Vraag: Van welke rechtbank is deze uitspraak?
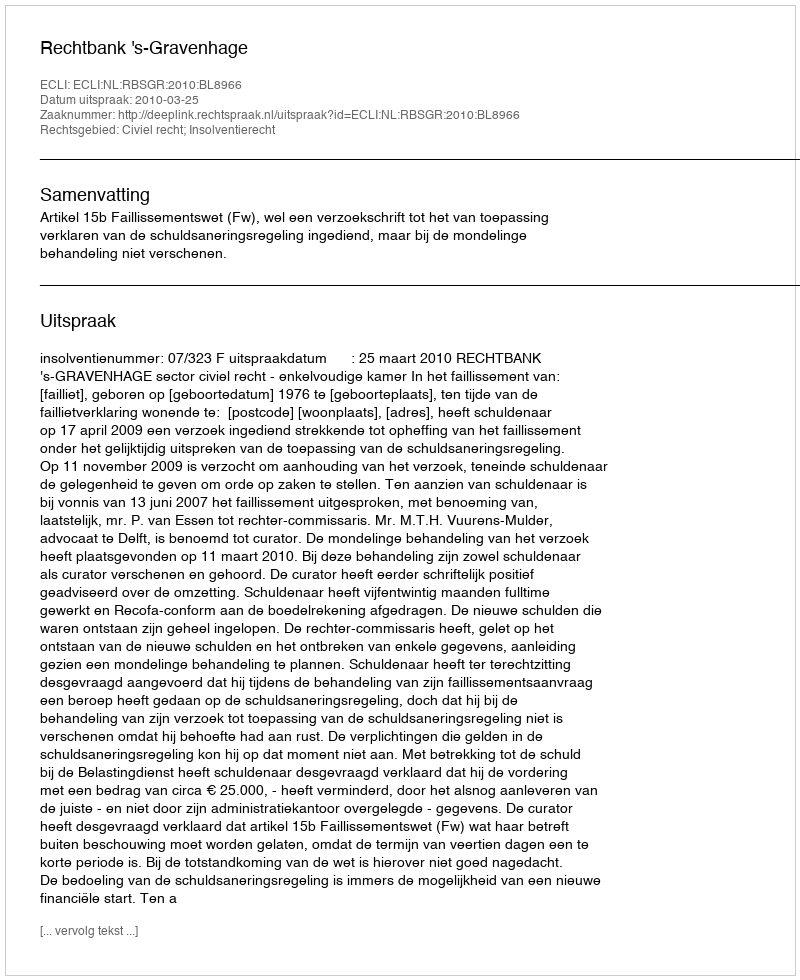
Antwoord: Rechtbank 's-Gravenhage